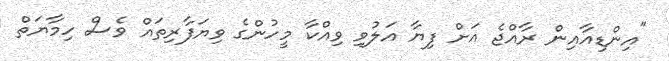
"އިންޑިއާއިން ރާއްޖެ އަށް ފިޔާ އަލުވި ވިއްކާ މީހުންގެ ވިޔަފާރިތައް ވެސް ހިމާޔަތް